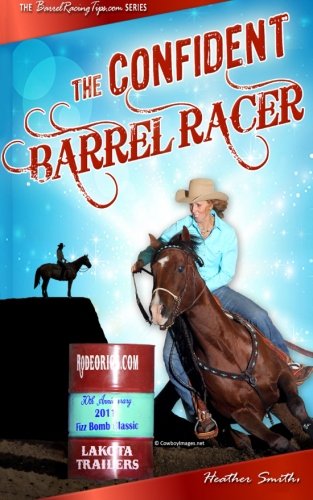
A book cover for The Confident Barrel Racer; Heather A. Smith; Sports & Outdoors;